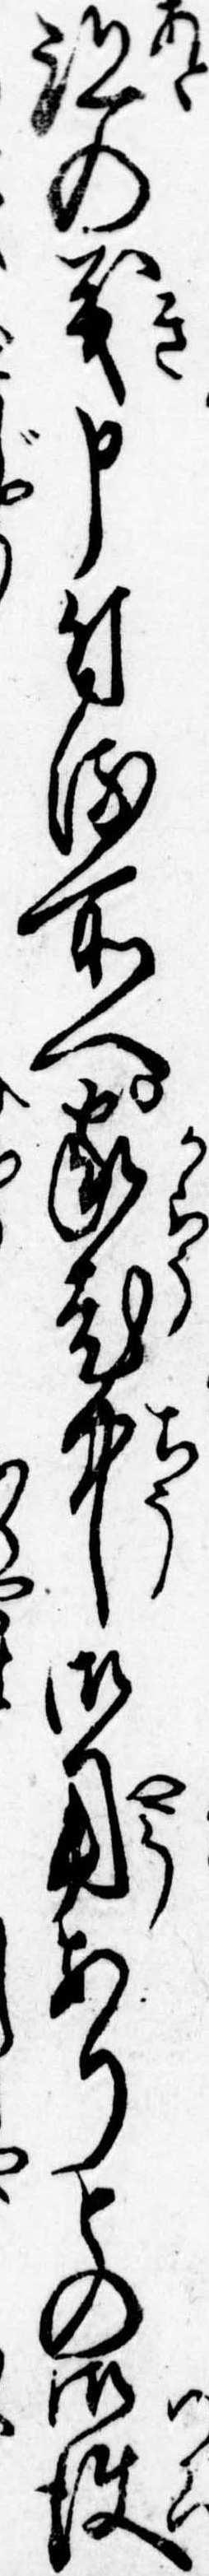
跡の義申付る所へ家老中御用ありとの御使